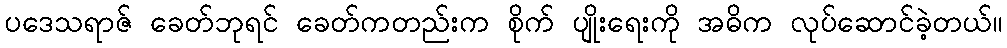
ပဒေသရာဇ် ခေတ်ဘုရင် ခေတ်ကတည်းက စိုက် ပျိုးရေးကို အဓိက လုပ်ဆောင်ခဲ့တယ်။